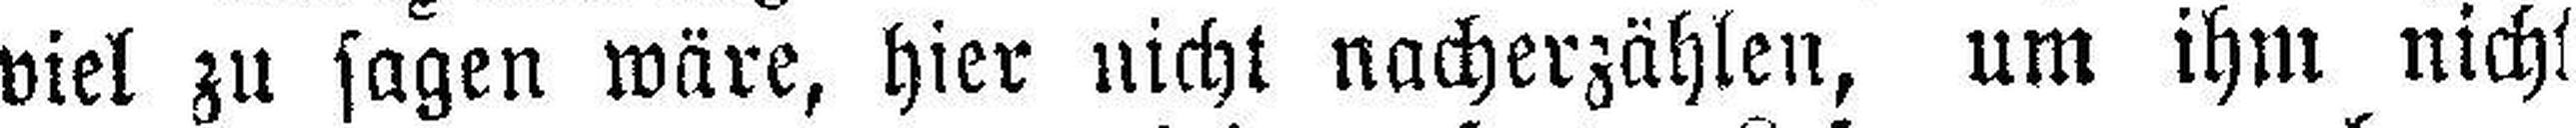
viel zu sagen wäre, hier nicht nacherzählen, um ihm nicht